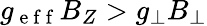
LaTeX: g_{\mathrm{~e~f~f~}}B_{Z}>g_{\perp}B_{\perp}